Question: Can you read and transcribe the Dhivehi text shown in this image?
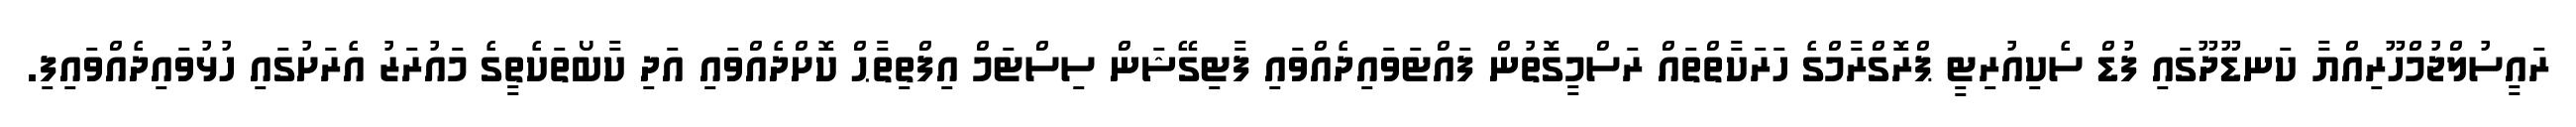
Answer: ރައީސުލްޖުމްހޫރިއްޔާ ކަނޑޫދޫގައި ފުޑް ސެކިއުރިޓީ ޕްރޮގްރާމްގެ ހަރަކާތްތައް ރަސްމީގޮތުން ފައްޓަވައިދެއްވައި ފާޓިގޭޝަން ސިސްޓަމް އިފްތިތާޙް ކޮށްދެއްވައި އަދި ކާބޯތަކެތީގެ މައުރަޒު އެރަށުގައި ހުޅުވައިދެއްވައިފި.